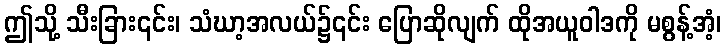
ဤသို့ သီးခြား၎င်း၊ သံဃာ့အလယ်၌၎င်း ပြောဆိုလျက် ထိုအယူဝါဒကို မစွန့်အံ့၊